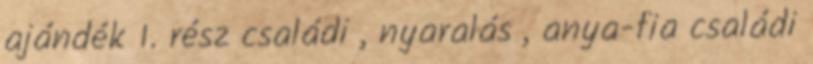
ajándék 1. rész családi , nyaralás , anya-fia családi